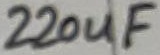
Text: 220uF